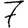
Digit: 7